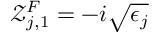
\mathcal { Z } _ { j , 1 } ^ { F } = - i \sqrt { \epsilon _ { j } }